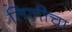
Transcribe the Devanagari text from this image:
लिलीचा